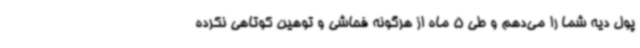
پول دیه شما را می‌دهم و طی 5 ماه از هرگونه فحاشی و توهین کوتاهی نکرده